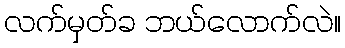
လက်မှတ်ခ ဘယ်လောက်လဲ။